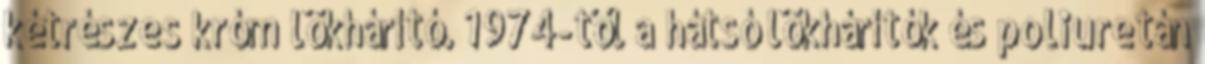
kétrészes króm lökhárító. 1974-től a hátsó lökhárítók és poliuretán